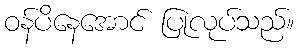
ဝန်ပိနေအောင် ပြုလုပ်သည်။